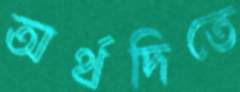
অর্থদিতে